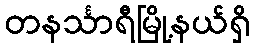
တနင်္သာရီမြို့နယ်ရှိ